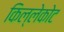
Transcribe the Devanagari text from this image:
किल्लेकोट